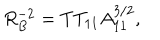
R _ { B } ^ { - 2 } = T T _ { 1 1 } A _ { 1 1 } ^ { 3 / 2 } ,